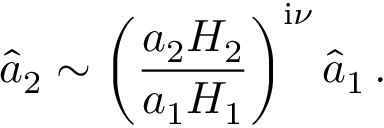
\widehat { a } _ { 2 } \sim \left( \frac { a _ { 2 } H _ { 2 } } { a _ { 1 } H _ { 1 } } \right) ^ { \mathrm { i } \nu } \widehat { a } _ { 1 } \, .